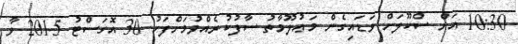
10:30 އަށް ސްކޫލަށް ވަޑައިގެން މަޢުލޫމާތު ސާފުކުރެއްވުމަށްފަހު 30 އޮގަސްޓު 2015 ވާ